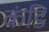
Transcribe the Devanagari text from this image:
कंडि